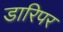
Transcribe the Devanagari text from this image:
डारिपर